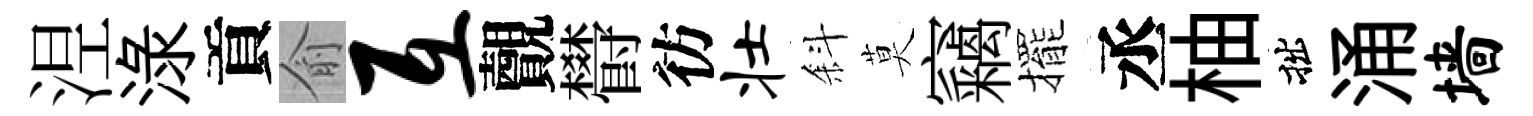
𣵀渌貢俞互覿欎彷壮斜莫竊擺丞柚拙涌墙